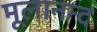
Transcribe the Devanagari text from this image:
मूलानन्द